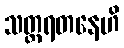
သတ္တရတနေဟိ